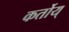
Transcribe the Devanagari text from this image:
कर्तोय्